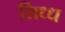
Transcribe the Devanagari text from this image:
सिध्ध